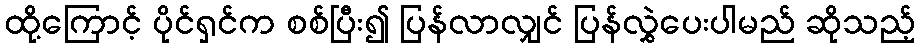
ထို့ကြောင့် ပိုင်ရှင်က စစ်ပြီး၍ ပြန်လာလျှင် ပြန်လွှဲပေးပါမည် ဆိုသည့်